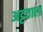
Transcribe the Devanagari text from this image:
अट्टवाल